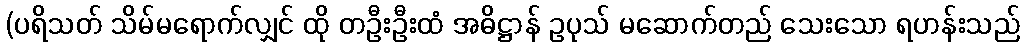
(ပရိသတ် သိမ်မရောက်လျှင် ထို တဦးဦးထံ အဓိဋ္ဌာန် ဥပုသ် မဆောက်တည် သေးသော ရဟန်းသည်